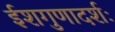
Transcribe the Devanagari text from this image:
ईशगुणादर्शः